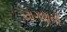
નાગણની